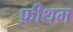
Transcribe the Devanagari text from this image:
फ़ीथम